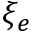
\xi _ { e }